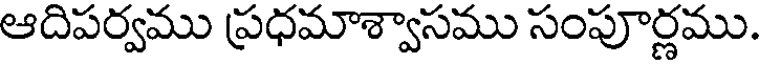
ఆదిపర్వము ప్రధమాశ్వాసము సంపూర్ణము.